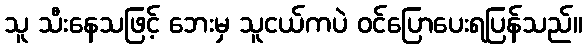
သူ သီးနေသဖြင့် ဘေးမှ သူငယ်ကပဲ ဝင်ပြောပေးရပြန်သည်။